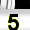
Digit: 5